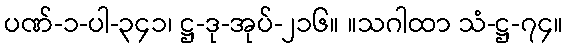
ပဏ်-၁-ပါ-၃၄၁၊ ဋ္ဌ-ဒု-အုပ်-၂၁၆။ ။သဂါထာ သံ-ဋ္ဌ-၇၄။